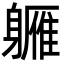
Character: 軅